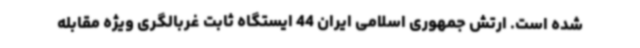
شده است. ارتش جمهوری اسلامی ایران 44 ایستگاه ثابت غربالگری ویژه مقابله